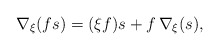
\begin{align*}\nabla_{\xi}(fs) = (\xi f) s + f \, \nabla_{\xi}(s), \end{align*}